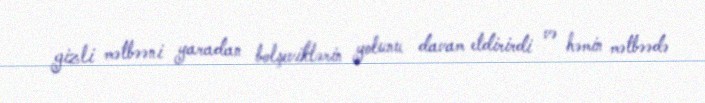
gizli mətbəəni yaradan bolşeviklərin yolunu davam etdirirdi və həmin mətbəədə